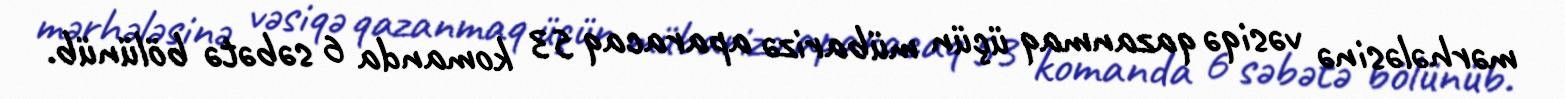
mərhələsinə vəsiqə qazanmaq üçün mübarizə aparacaq 53 komanda 6 səbətə bölünüb.